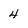
Character: 4